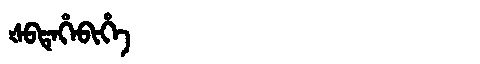
Manchu: ᡧᠪᡨᡝᡥᡝᠪᡳᡥᡝ
Romanization: ŠBTEHEBIHE